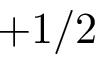
+ 1 / 2